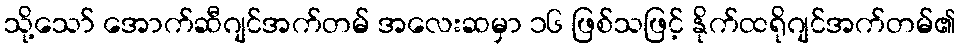
သို့သော် အောက်ဆီဂျင်အက်တမ် အလေးဆမှာ ၁၆ ဖြစ်သဖြင့် နိုက်ထရိုဂျင်အက်တမ်၏